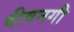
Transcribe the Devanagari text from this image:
दीवनगी